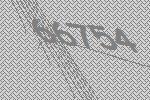
66754